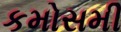
કમોસમી